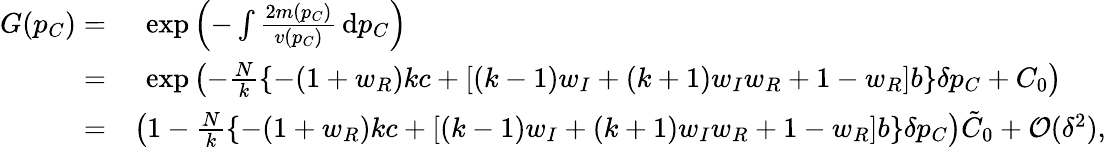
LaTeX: \begin{array}{rl}{G(p_{C})=}&{~\exp{\left(-\int{\frac{2m(p_{C})}{v(p_{C})}}\, \mathrm{d}p_{C}\right)}}\\ {=}&{~\exp{\left(-\frac{N}{k}\left\{ -(1+w_{R})kc+[(k-1)w_{I}+(k+1)w_{I}w_{R}+1-w_{R}]b\right\} \delta p_{C}+C_{0}\right)}}\\ {=}&{\left(1-\frac{N}{k}\left\{ -(1+w_{R})kc+[(k-1)w_{I}+(k+1)w_{I}w_{R}+1-w_{R}]b\right\} \delta p_{C}\right)\tilde{C}_{0}+\mathcal{O}(\delta^{2}),}\end{array}